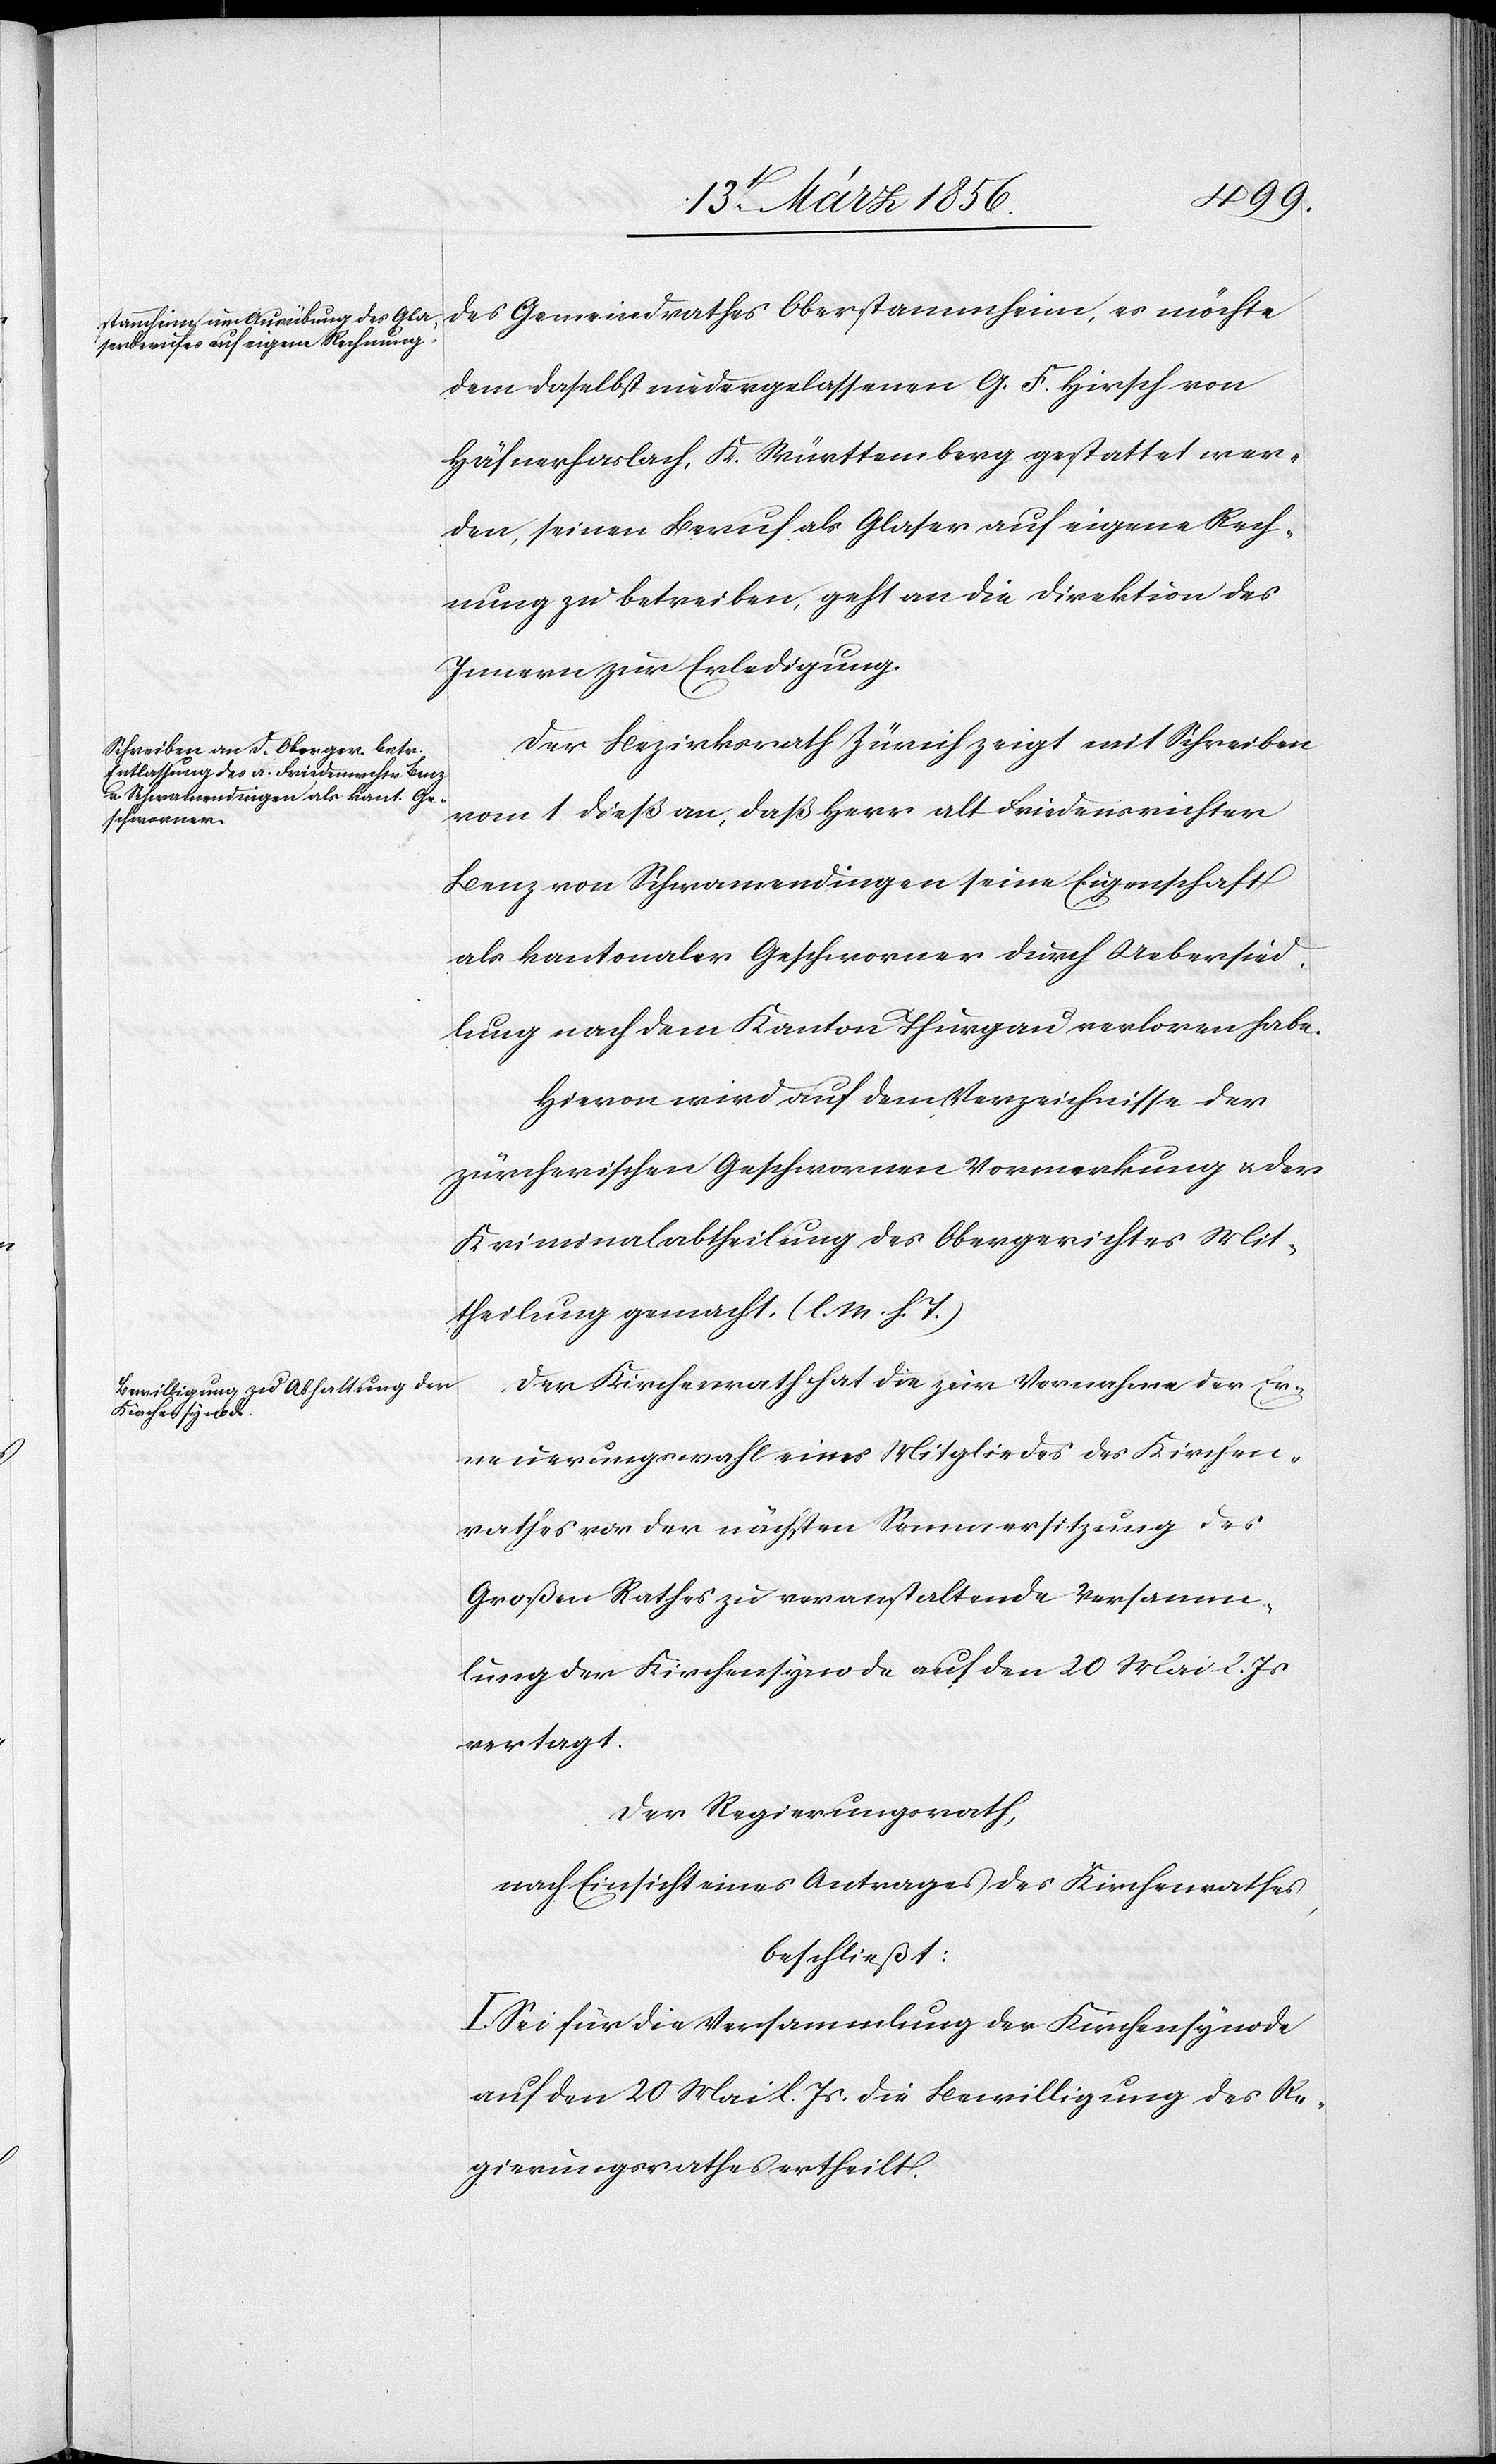
des Gemeindrathes Oberstammheim, es möchte
dem daselbst niedergelassenen G. F. Hirsch von
Häfnerhaslach, K. Württemberg gestattet wer¬
den, seinen Beruf als Glaser auf eigene Rech¬
nung zu betreiben, geht an die Direktion des
Innern zur Erledigung.
Der Bezirksrath Zürich zeigt mit Schreiben
vom 1 dieß an, daß Herr alt Friedensrichter
Benz von Schwamendingen seine Eigenschaft
als kantonaler Geschworner durch Uebersied¬
lung nach dem Kanton Thurgau verloren habe.
Hievon wird auf dem Verzeichnisse der
zürcherischen Geschwornen Vormerkung u. der
Kriminalabtheilung des Obergerichtes Mit¬
theilung gemacht. (l. M. h. T.)
Der Kirchenrath hat die zur Vornahme der Er¬
neuerungswahl eines Mitgliedes des Kirchen¬
rathes vor der nächsten Sommersitzung des
Großen Rathes zu veranstaltende Versamm¬
lung der Kirchensynode auf den 20 Mai l. Js
vertagt.
Der Regierungsrath,
nach Einsicht eines Antrages des Kirchenrathes,
beschließt:
I. Sei für die Versammlung der Kirchensynode
auf den 20 Mai l. Js. die Bewilligung des Re¬
gierungsrathes ertheilt.